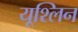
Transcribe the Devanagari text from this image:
यूश्लिन